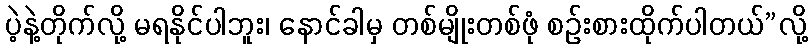
ပဲ့နဲ့တိုက်လို့ မရနိုင်ပါဘူး၊ နောင်ခါမှ တစ်မျိုးတစ်ဖုံ စဉ်းစားထိုက်ပါတယ်”လို့